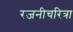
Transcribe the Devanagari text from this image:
रजनीचरित्रा